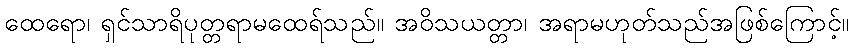
ထေရော၊ ရှင်သာရိပုတ္တရာမထေရ်သည်။ အဝိသယတ္တာ၊ အရာမဟုတ်သည်အဖြစ်ကြောင့်။